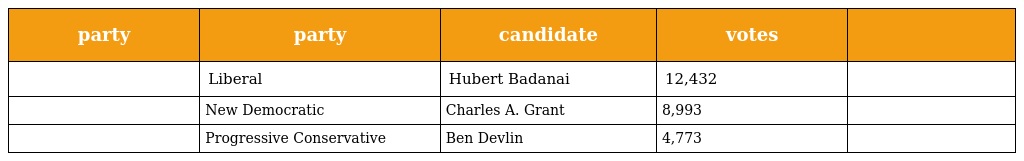
| party | party | candidate | votes |  |
 | --- | --- | --- | --- | --- |
 |  | Liberal | Hubert Badanai | 12,432 |  |
 |  | New Democratic | Charles A. Grant | 8,993 |  |
 |  | Progressive Conservative | Ben Devlin | 4,773 |  |